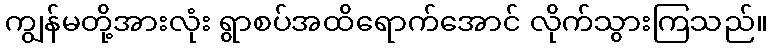
ကျွန်မတို့အားလုံး ရွာစပ်အထိရောက်အောင် လိုက်သွားကြသည်။